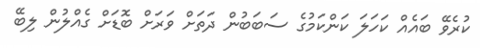
ކުރެވޭ ބައެއް ކަހަަލަ ކަންކަމުގެ ސަބަބުން ދަތަށް ވަރަށް ބޮޑަށް ގެއްލުން ލިބޭ